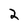
Character: 2